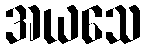
အယသေ